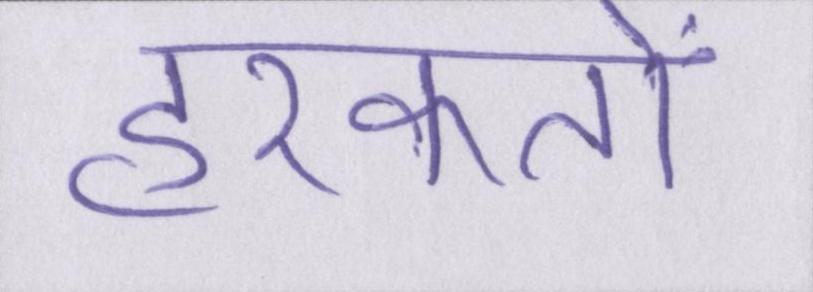
हरकतों